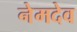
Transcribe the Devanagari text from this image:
नेमदेव